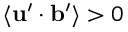
\langle { { \bf { u } } ^ { \prime } \cdot { \bf { b } } ^ { \prime } } \rangle > 0